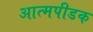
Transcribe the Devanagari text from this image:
आत्मपीडक